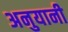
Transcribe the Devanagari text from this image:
अनुयानी